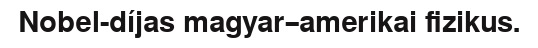
Nobel-díjas magyar–amerikai fizikus.